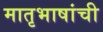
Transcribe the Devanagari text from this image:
मातृभाषांची